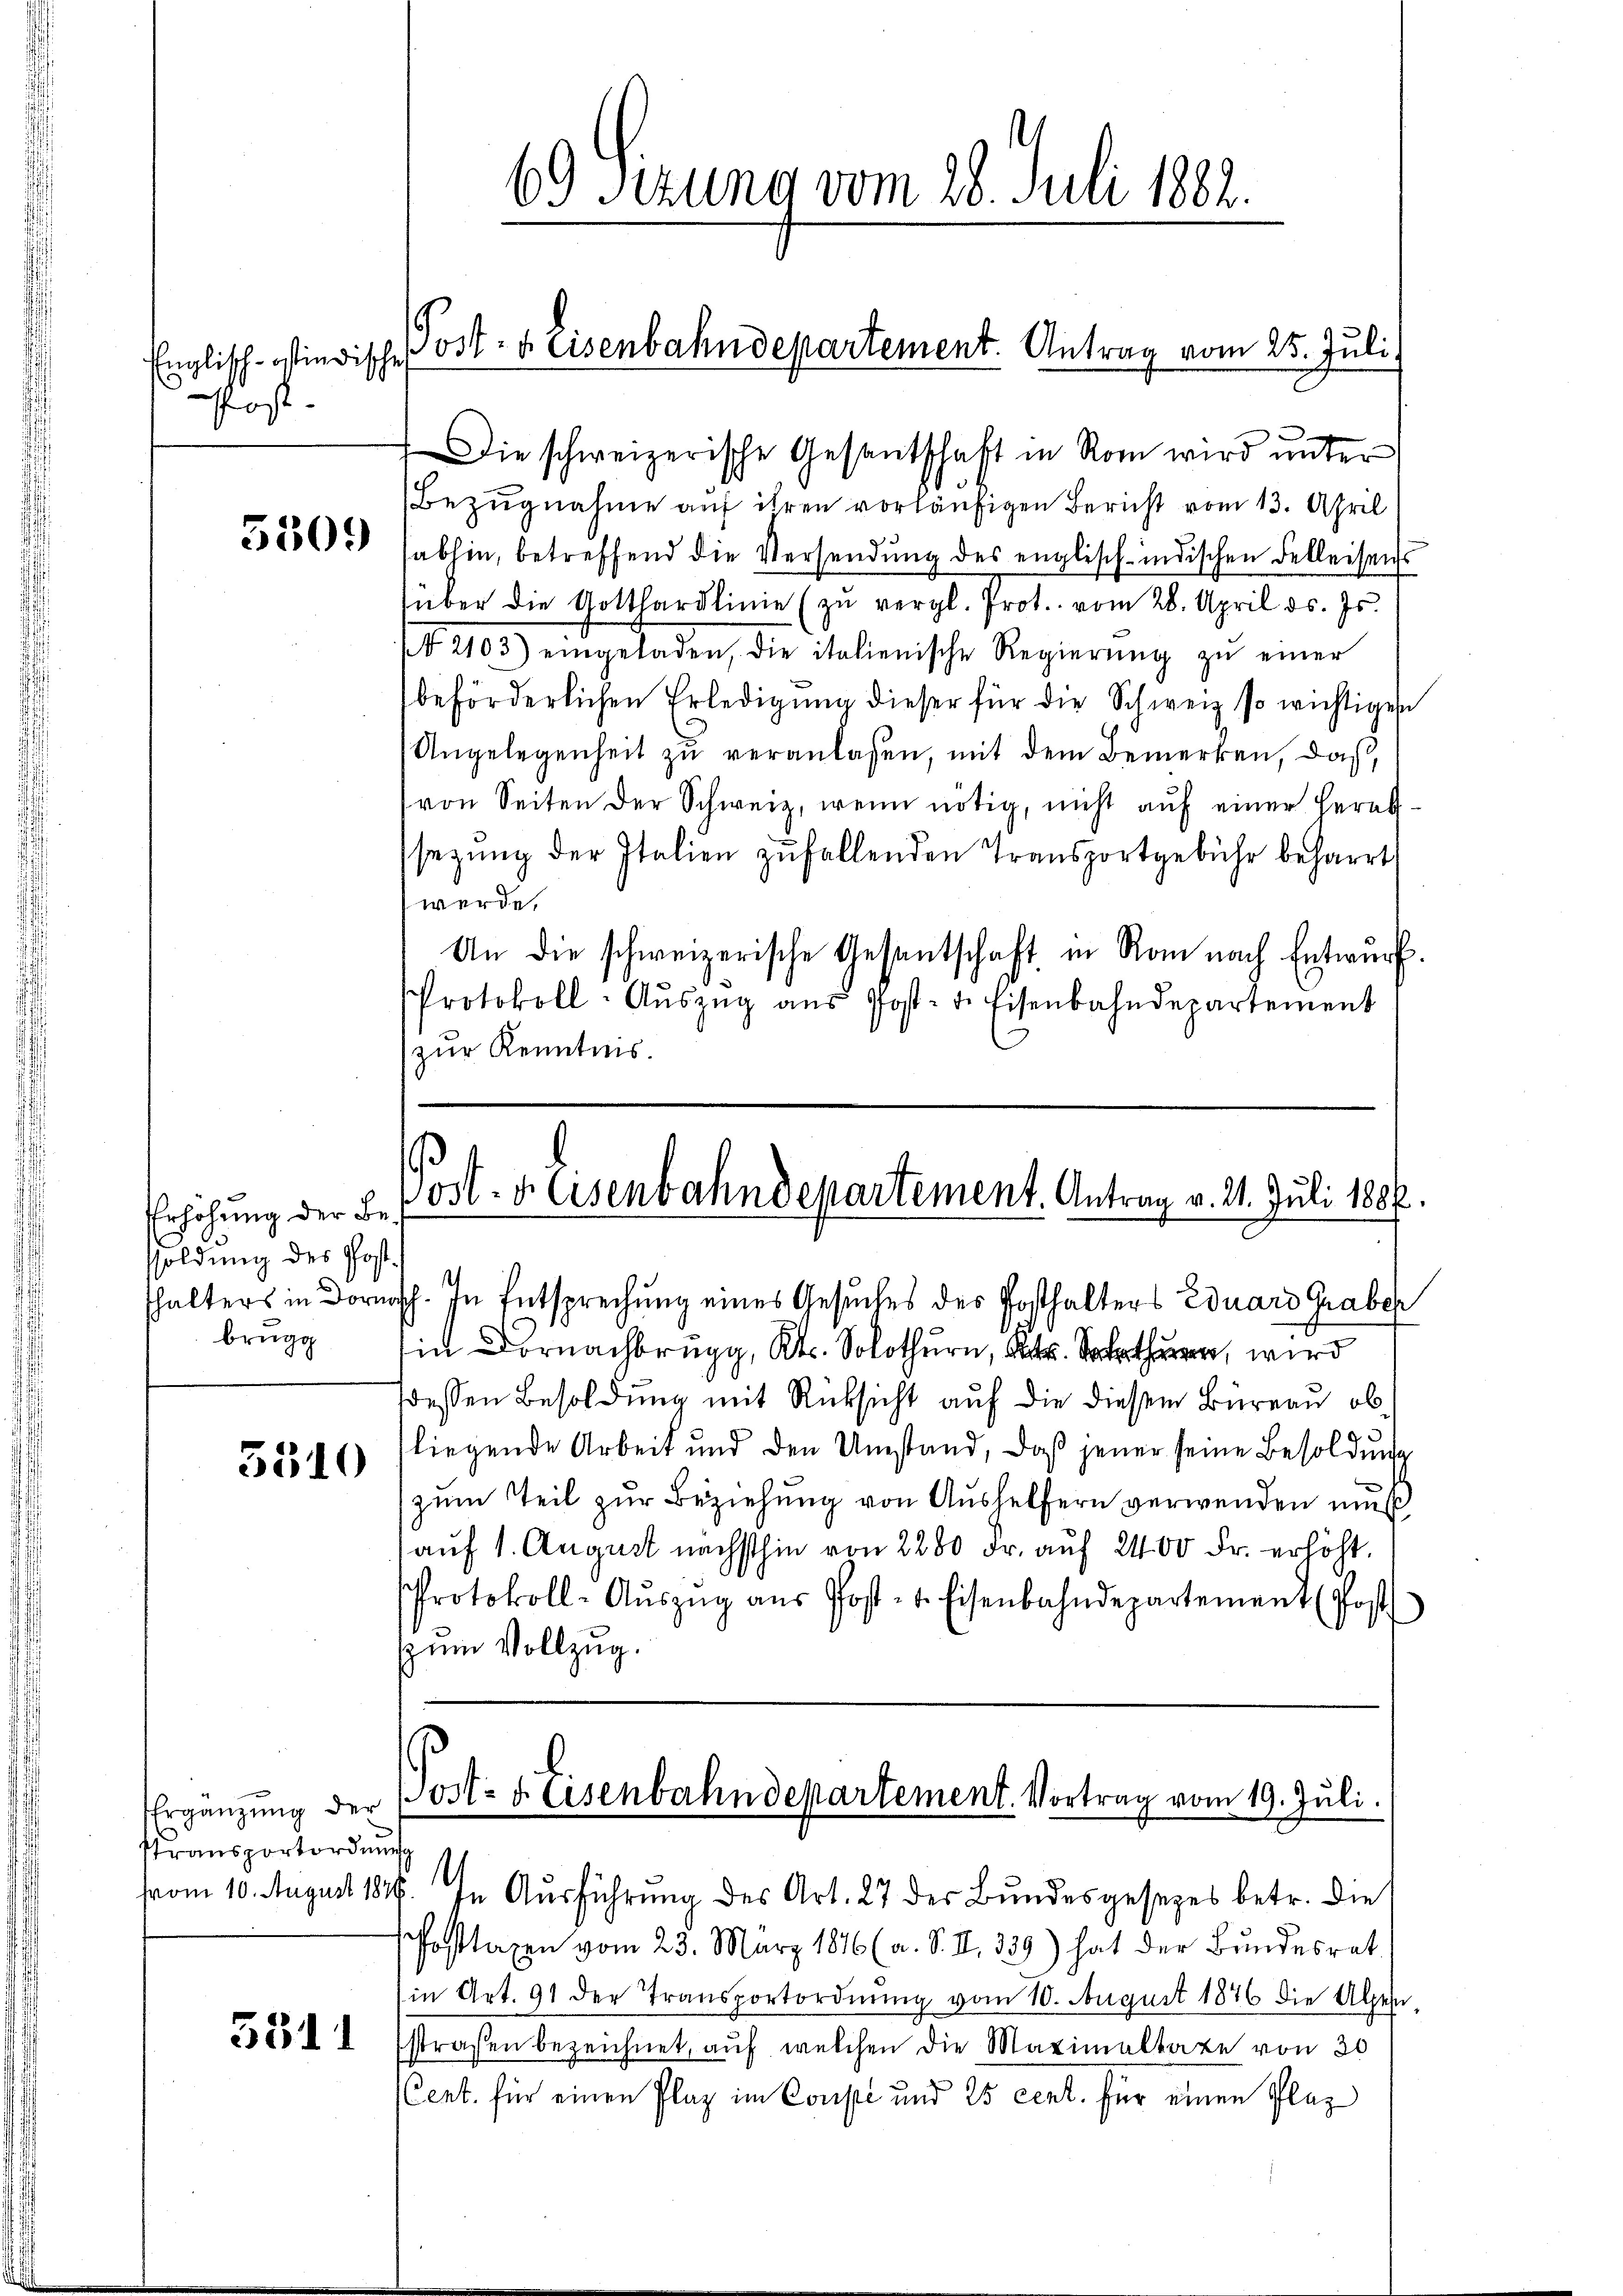
Englisch-stindischen
Post.

5309

5510

Ergänzung der
Transportordunge

5311

Erhöhung der Besoldung des Post.
brugg

Post- u. Eisenbahndepartement. Antrag vom 25. Juli

Die schweizerische Gesantschaft in Rom wird ŭnter
Bezugnahme auf ihren vorläufigen Bericht vom 13. April
abhin, betreffend die Versendung des englisch-indischen Delleisens
über die Gotthardlinie (zŭ vergl. Prot. vom 28. April ds. Js.
( 2103) eingeladen, die italienische Regierŭng zŭ einer
beförderlichen Erledigŭng dieser für die Schweiz so wichtigen
Angelegenheit zu veranlassen, mit dem Bemerken, daß
von Seiten der Schweiz, wenn nötig, nicht aŭf einer Herab-
sezung der Italien zufallenden Transportgebühr beharrt
werde.
An die schweizerische Gesantschaft in Rom nach Entwurf.
Protokoll- Aŭszŭg aŭs Post- u. Eisenbahndepartement
(zur Kenntnis.

69) Sizung vom 28. Juli 1882.

Post- & Eisenbahndepartement. Antrag v. 21. Juli 1807
thalters in Dors. In Entsprechung eines Gesuches des Posthalters Eduard Graber

.
ddessen Besoldung mit Rücksicht auf die diesem Büreau ob
liegende Arbeit und den Umstand, daß jener seine Besoldung
zum Teil zur Beziehung von Aushelfern verwenden muß
(auf 1. August nächsthin von 2200 Fr. aŭf 2400 Fr. erhöht.
Protokoll-Aŭszŭg aŭs Post- u. Eisenbahndepartement (Post
zum Vollzug.

ort: 4. Eisenbahndepartement. Vortrag vom 19. Juli.

vom 10. August 1846. In Ausführung des Art. 27 der Bundesgesezes betr. die
Posttaxen vom 23. März 1876 (a. S. II 339) hat der Bundesrat
in Art. 91 der Transportordnung vom 10. August 1876 die Alpen
straßen bezeichnet, auf welchen die Maximaltate von 20
(Cent. für einen Plaz im Coupé und 25 cent. für einen Plaz